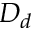
D _ { d }